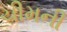
ચીમની